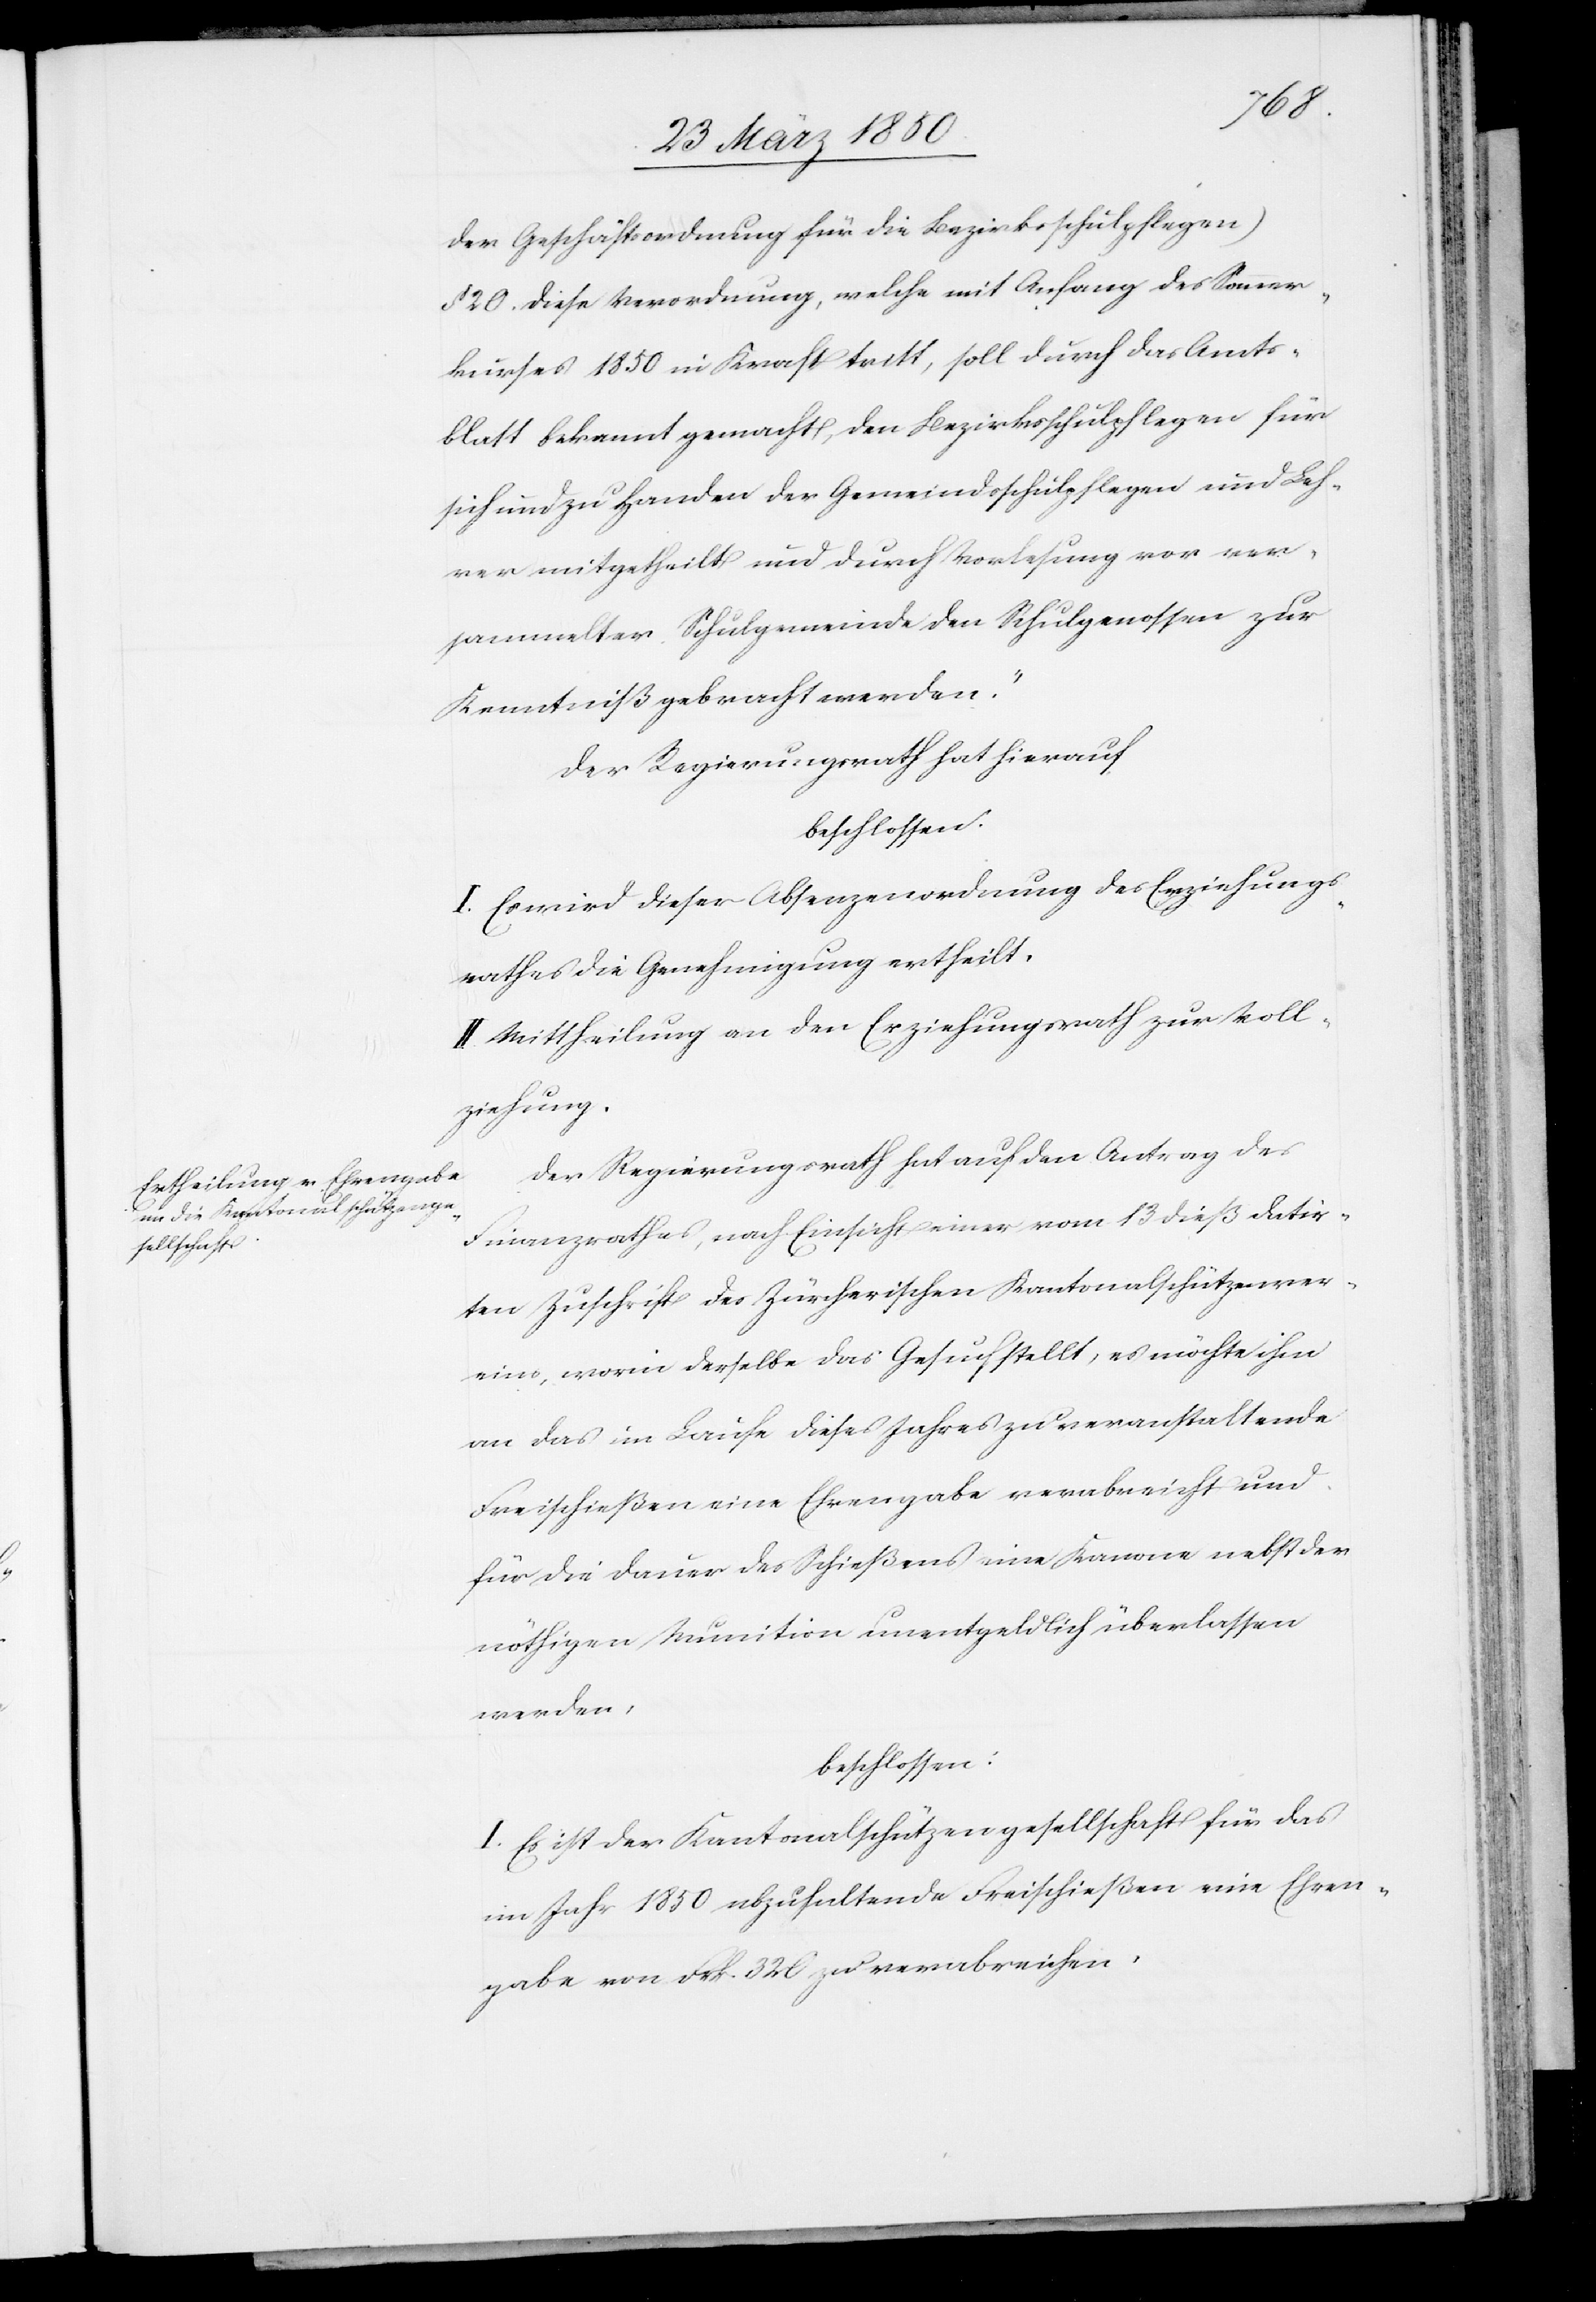
der Geschäftsordnung für die Bezirksschulpflegen)
§ 20. Diese Verordnung, welche mit Anfang des Sommer¬
kurses 1850 in Kraft tritt, soll durch das Amts¬
blatt bekannt gemacht, den Bezirksschulpflegen für
sich und zu Handen der Gemeindsschulpflegen und Leh¬
rer mitgetheilt und durch Vorlesung vor ver¬
sammelter Schulgemeinde den Schulgenossen zur
Kenntniß gebracht werden.“
Der Regierungsrath hat hierauf
beschlossen:
I. Es wird dieser Absenzenordnung des Erziehungs¬
rathes die Genehmigung ertheilt.
II. Mittheilung an den Erziehungsrath zur Voll¬
ziehung.
Der Regierungsrath hat auf den Antrag des
Finanzrathes, nach Einsicht einer vom 13 dieß datir¬
ten Zuschrift des Zürcherischen Kantonalschützenver¬
eins, worin derselbe das Gesuch stellt, es möchte ihm
an das im Laufe dieses Jahres zu veranstaltende
Freischießen eine Ehrengabe verabreicht und
für die Dauer des Schießens eine Kanone nebst der
nöthigen Munition unentgeldlich überlassen
werden,
beschlossen:
I. Es ist der Kantonalschützengesellschaft für das
im Jahr 1850 abzuhaltende Freischießen eine Ehren¬
gabe von Frk. 320 zu verabreichen.